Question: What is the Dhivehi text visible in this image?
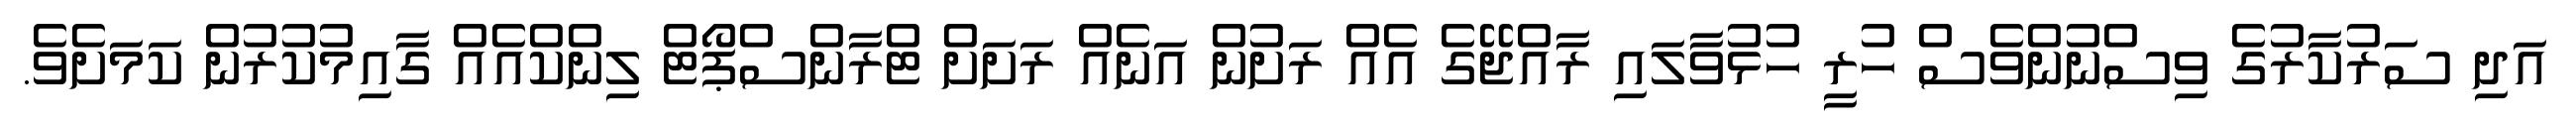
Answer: އަދި ސަރުކާރުގެ ވިސްނުންވެސް ހުރީ ހުޅުވާލައި ރާއްޖޭގެ އެއް ރަށުން އަނެއް ރަށަށް ޓްރާންސްޕޯޓް ލިންކްއެއް ގާއިމުކުރުން ކަމަށެވެ.